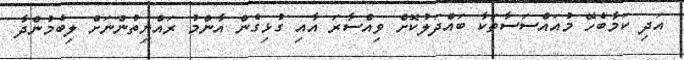
އަދި ކަމާބެހޭ މުއައްސަސާތަކާ ބައްދަލުކޮށް ވިއްސާރަ އާއި ގުޅިގެން އާންމު ރައްޔިތުންނަށް ލިބެމުންދާ